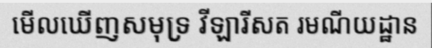
មើលឃើញសមុទ្រ វីឡារីសត រមណីយដ្ឋាន